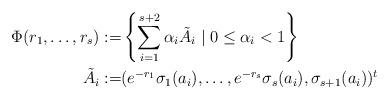
LaTeX: \begin{align*}\Phi(r_{1},\ldots,r_{s}):= & \left\{ \sum_{i=1}^{s+2}\alpha_{i}\tilde{A}_{i}\mid0\leq\alpha_{i}<1\right\} \\\tilde{A}_{i}:= & (e^{-r_{1}}\sigma_{1}(a_{i}),\ldots,e^{-r_{s}}\sigma_{s}(a_{i}),\sigma_{s+1}(a_{i}))^{t}\end{align*}